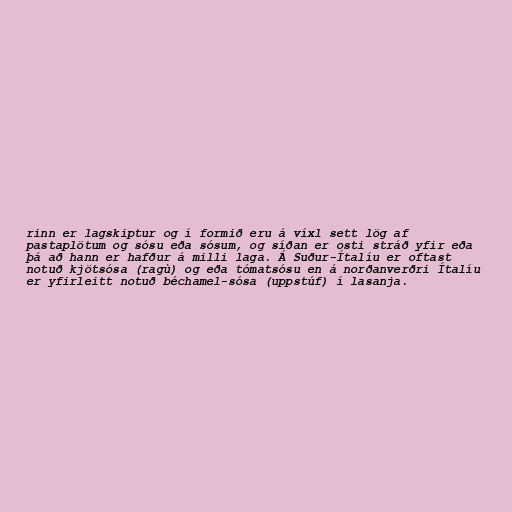
rinn er lagskiptur og í formið eru á víxl sett lög af
pastaplötum og sósu eða sósum, og síðan er osti stráð yfir eða
þá að hann er hafður á milli laga. Á Suður-Ítalíu er oftast
notuð kjötsósa (ragù) og eða tómatsósu en á norðanverðri Ítalíu
er yfirleitt notuð béchamel-sósa (uppstúf) í lasanja.